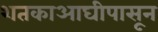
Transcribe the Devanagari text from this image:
शतकाआघीपासून